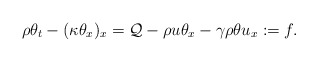
\begin{align*} \rho\theta_t-(\kappa\theta_x)_x=\mathcal{Q}-\rho u\theta_x-\gamma\rho\theta u_x:=f.\end{align*}